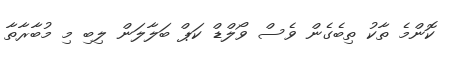
ކޮންމެ ތާކު ތިބެގެން ވެސް ވޯލްޑް ކަޕް ބަލާލަން ލިބި މި މުބާރާތާ